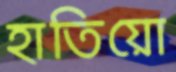
হাতিয়ো